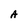
Character: A